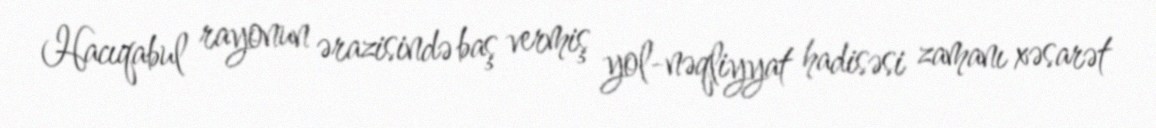
Hacıqabul rayonun ərazisində baş vermiş yol-nəqliyyat hadisəsi zamanı xəsarət